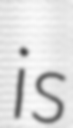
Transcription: is